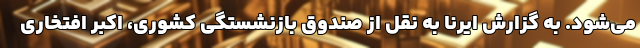
می‌شود. به گزارش ایرنا به نقل از صندوق بازنشستگی کشوری، اکبر افتخاری